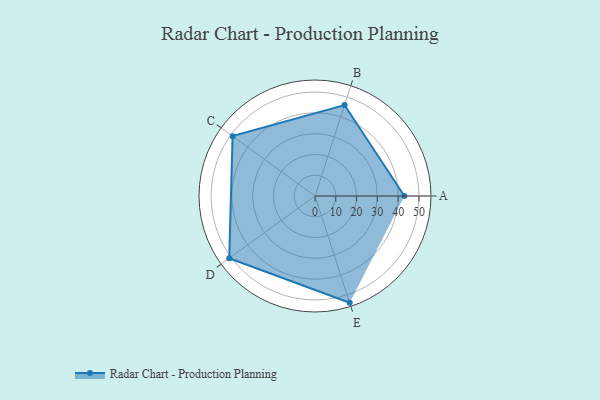
{"axis": {"x": "Skill", "y": "Score"}, "legend": ["Profile"], "data": [{"x": "A", "y": 43.0, "type": "Profile"}, {"x": "B", "y": 46.0, "type": "Profile"}, {"x": "C", "y": 49.0, "type": "Profile"}, {"x": "D", "y": 51.0, "type": "Profile"}, {"x": "E", "y": 54.0, "type": "Profile"}]}